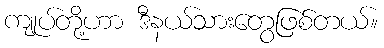
ကျုပ်တို့ဟာ ဒီနယ်သားတွေဖြစ်တယ်။